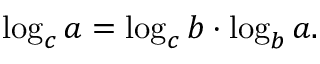
\log _ { c } a = \log _ { c } b \cdot \log _ { b } a .